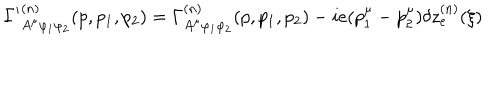
LaTeX: { \Gamma ^ { \prime } } _ { A ^ { \mu } \varphi _ { 1 } \varphi _ { 2 } } ^ { ( n ) } ( p , p _ { 1 } , p _ { 2 } ) = \Gamma _ { A ^ { \mu } \varphi _ { 1 } \varphi _ { 2 } } ^ { ( n ) } ( p , p _ { 1 } , p _ { 2 } ) - i e ( p _ { 1 } ^ { \mu } - p _ { 2 } ^ { \mu } ) \delta z _ { e } ^ { ( n ) } ( \xi )